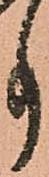
事